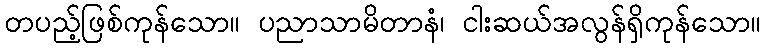
တပည့်ဖြစ်ကုန်သော။ ပညာသာမိတာနံ၊ ငါးဆယ်အလွန်ရှိကုန်သော။